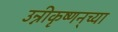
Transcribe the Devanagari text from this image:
उन्नीकृष्णन्‌च्या